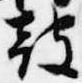
鼓